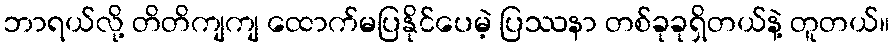
ဘာရယ်လို့ တိတိကျကျ ထောက်မပြနိုင်ပေမဲ့ ပြဿနာ တစ်ခုခုရှိတယ်နဲ့ တူတယ်။